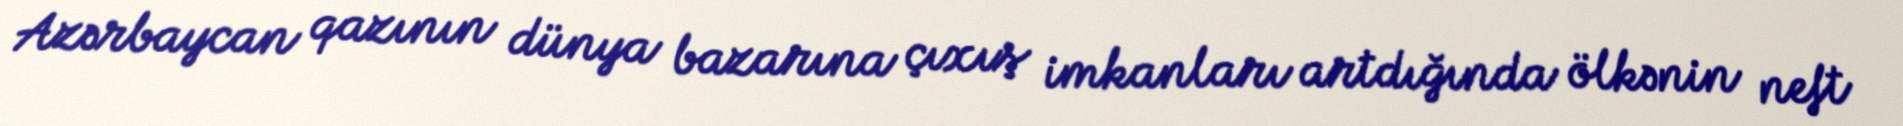
Azərbaycan qazının dünya bazarına çıxış imkanları artdığında ölkənin neft